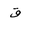
Letter: _qaf